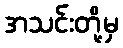
အသင်းတို့မှ